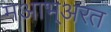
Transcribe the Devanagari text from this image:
मआभ्अरत